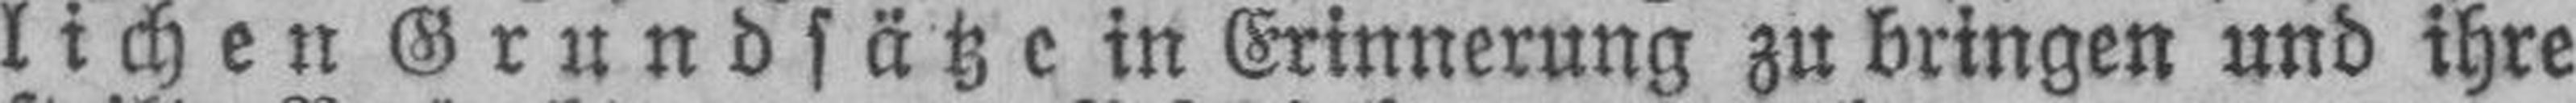
lichen Grundsätze in Erinnerung zu bringen und ihre